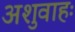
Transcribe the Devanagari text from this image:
अशुवाहः